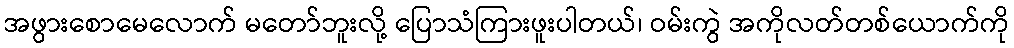
အဖွားစောမေလောက် မတော်ဘူးလို့ ပြောသံကြားဖူးပါတယ်၊ ဝမ်းကွဲ အကိုလတ်တစ်ယောက်ကို